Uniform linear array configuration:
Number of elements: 4
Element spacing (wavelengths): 0.5
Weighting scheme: hann
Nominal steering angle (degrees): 30
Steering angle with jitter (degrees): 31.252
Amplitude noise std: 0.05
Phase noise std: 0.05

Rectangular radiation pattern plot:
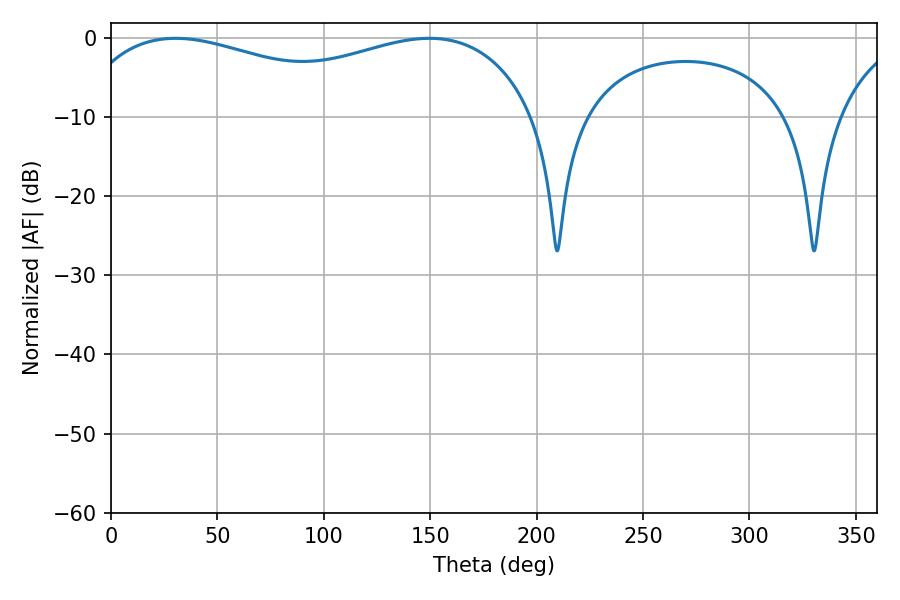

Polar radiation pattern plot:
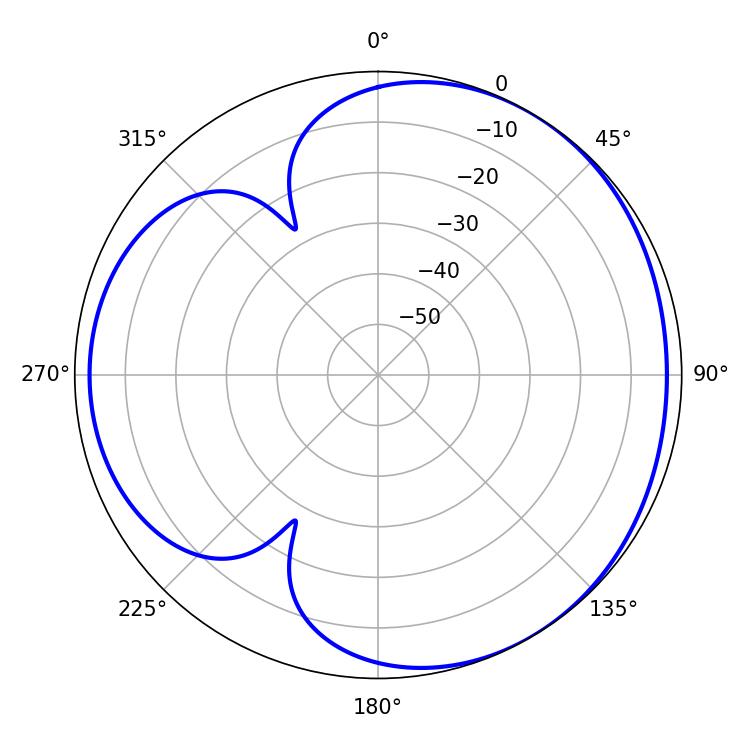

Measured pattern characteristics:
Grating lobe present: FALSE
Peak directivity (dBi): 3.506
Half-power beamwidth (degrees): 179.28
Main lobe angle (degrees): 30.42